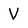
Character: V